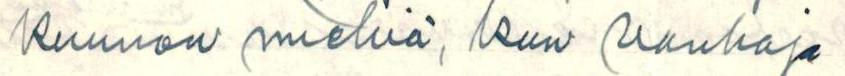
kunnon miehiä, kun vanhoja